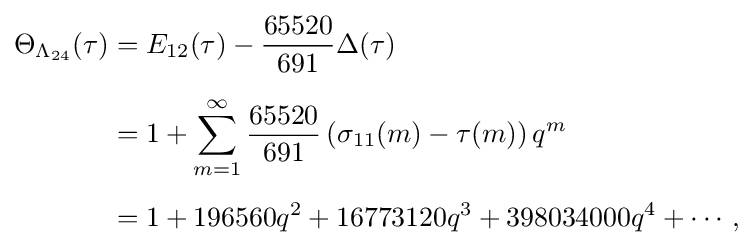
{\begin{aligned}\Theta _{\Lambda _{24}}(\tau )&=E_{12}(\tau )-{\frac {65520}{691}}\Delta (\tau )\\[5pt]&=1+\sum _{m=1}^{\infty }{\frac {65520}{691}}\left(\sigma _{11}(m)-\tau (m)\right)q^{m}\\[5pt]&=1+196560q^{2}+16773120q^{3}+398034000q^{4}+\cdots ,\end{aligned}}